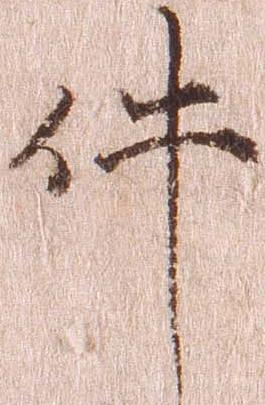
件